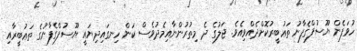
ހުވަފެން ޔޫސުފްގެފާނު ތަޢުބީރުކޮށްދެއްވިއެވެ. ޖަލުގެ ދެ މިތުރުންނާއިމެދުވެސް ކަން ހިނގައިދިޔައީ ޔޫސުފްގެފާނުގެ ތަޢުބީރާއި